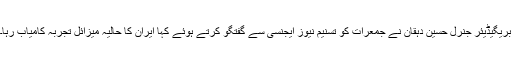
بریگیڈیئر جنرل حسین دہقان نے جمعرات کو تسنيم نیوز ایجنسی سے گفتگو کرتے ہوئے کہا ایران کا حالیہ ميزائل تجربہ کامیاب رہا۔